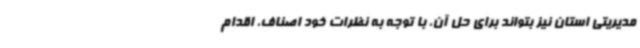
مدیریتی استان نیز بتواند برای حل آن، با توجه به نظرات خود اصناف، اقدام